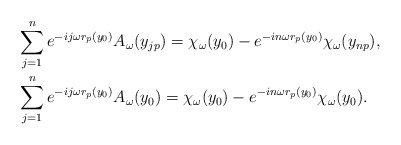
\begin{align*}& \sum_{j=1}^n e^{-ij\omega r_p(y_0)}A_\omega(y_{jp})=\chi_\omega(y_0)-e^{-in\omega r_p(y_0)}\chi_\omega(y_{np}), \\& \sum_{j=1}^n e^{-ij\omega r_p(y_0)}A_\omega(y_0) =\chi_\omega(y_0)-e^{-in\omega r_p(y_0)}\chi_\omega(y_0).\end{align*}